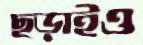
ছড়াইও